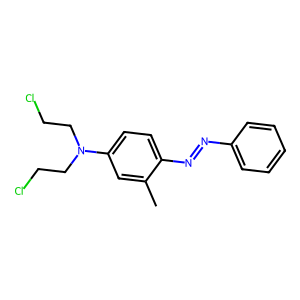
SMILES: Cc1cc(N(CCCl)CCCl)ccc1N=Nc1ccccc1
Inhibits HIV replication: No